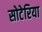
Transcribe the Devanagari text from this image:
सोटेरिया